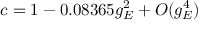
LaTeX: c = 1 - 0 . 0 8 3 6 5 g _ { E } ^ { 2 } + O ( g _ { E } ^ { 4 } )